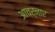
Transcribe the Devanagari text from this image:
आचर्नार